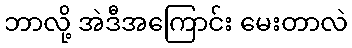
ဘာလို့ အဲဒီအကြောင်း မေးတာလဲ